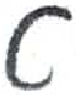
אות: ט